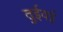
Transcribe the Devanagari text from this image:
तुईवई